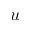
u